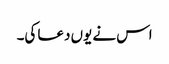
اس نے یوں دعا کی۔